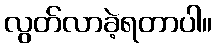
လွတ်လာခဲ့ရတာပါ။